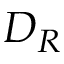
D _ { R }